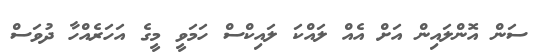
ސަން އޮންލައިން އަށް އެއް ލައްކަ ލައިކްސް ހަމަވީ މީގެ އަހަރެެއްހާ ދުވަސް